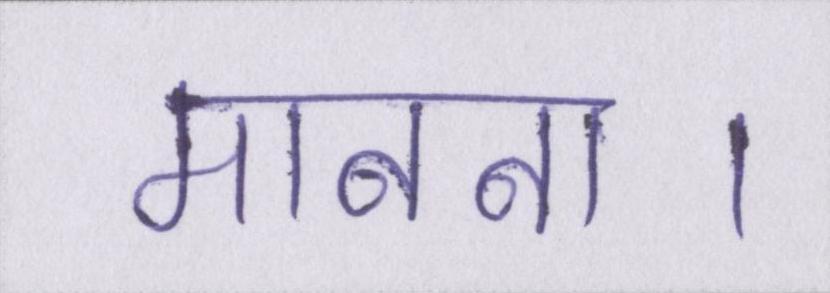
मानना।